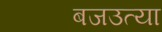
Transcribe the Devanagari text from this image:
बजउत्या